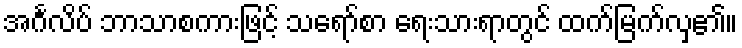
အင်္ဂလိပ် ဘာသာစကားဖြင့် သရော်စာ ရေးသားရာတွင် ထက်မြက်လှ၏။